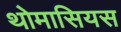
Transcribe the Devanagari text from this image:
थोमासियस